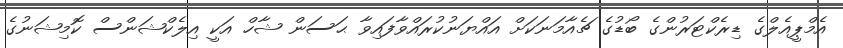
އެމްޕީއެލްގެ ޑިރެކްޓަރުންގެ ބޯޑުގެ ޗެއާމަނަކަށް އައްޔަނުކުރައްވާފައިވާ ޙަސަން ޝާހް އަކީ އިލެކްޝަންސް ކޮމިޝަނުގެ